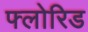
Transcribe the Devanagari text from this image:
फ्लोरिड